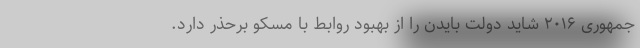
جمهوری ۲۰۱۶ شاید دولت بایدن را از بهبود روابط با مسکو برحذر دارد.